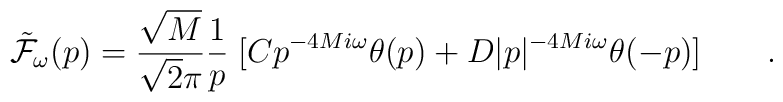
{\tilde{\cal F}}_\omega (p) = {\sqrt{M} \over \sqrt{2} \pi}{1 \over p } \; [ Cp^{-4 M i \omega} \theta (p) + D \vert p \vert^{-4 M i \omega} \theta (-p) ]\qquad .